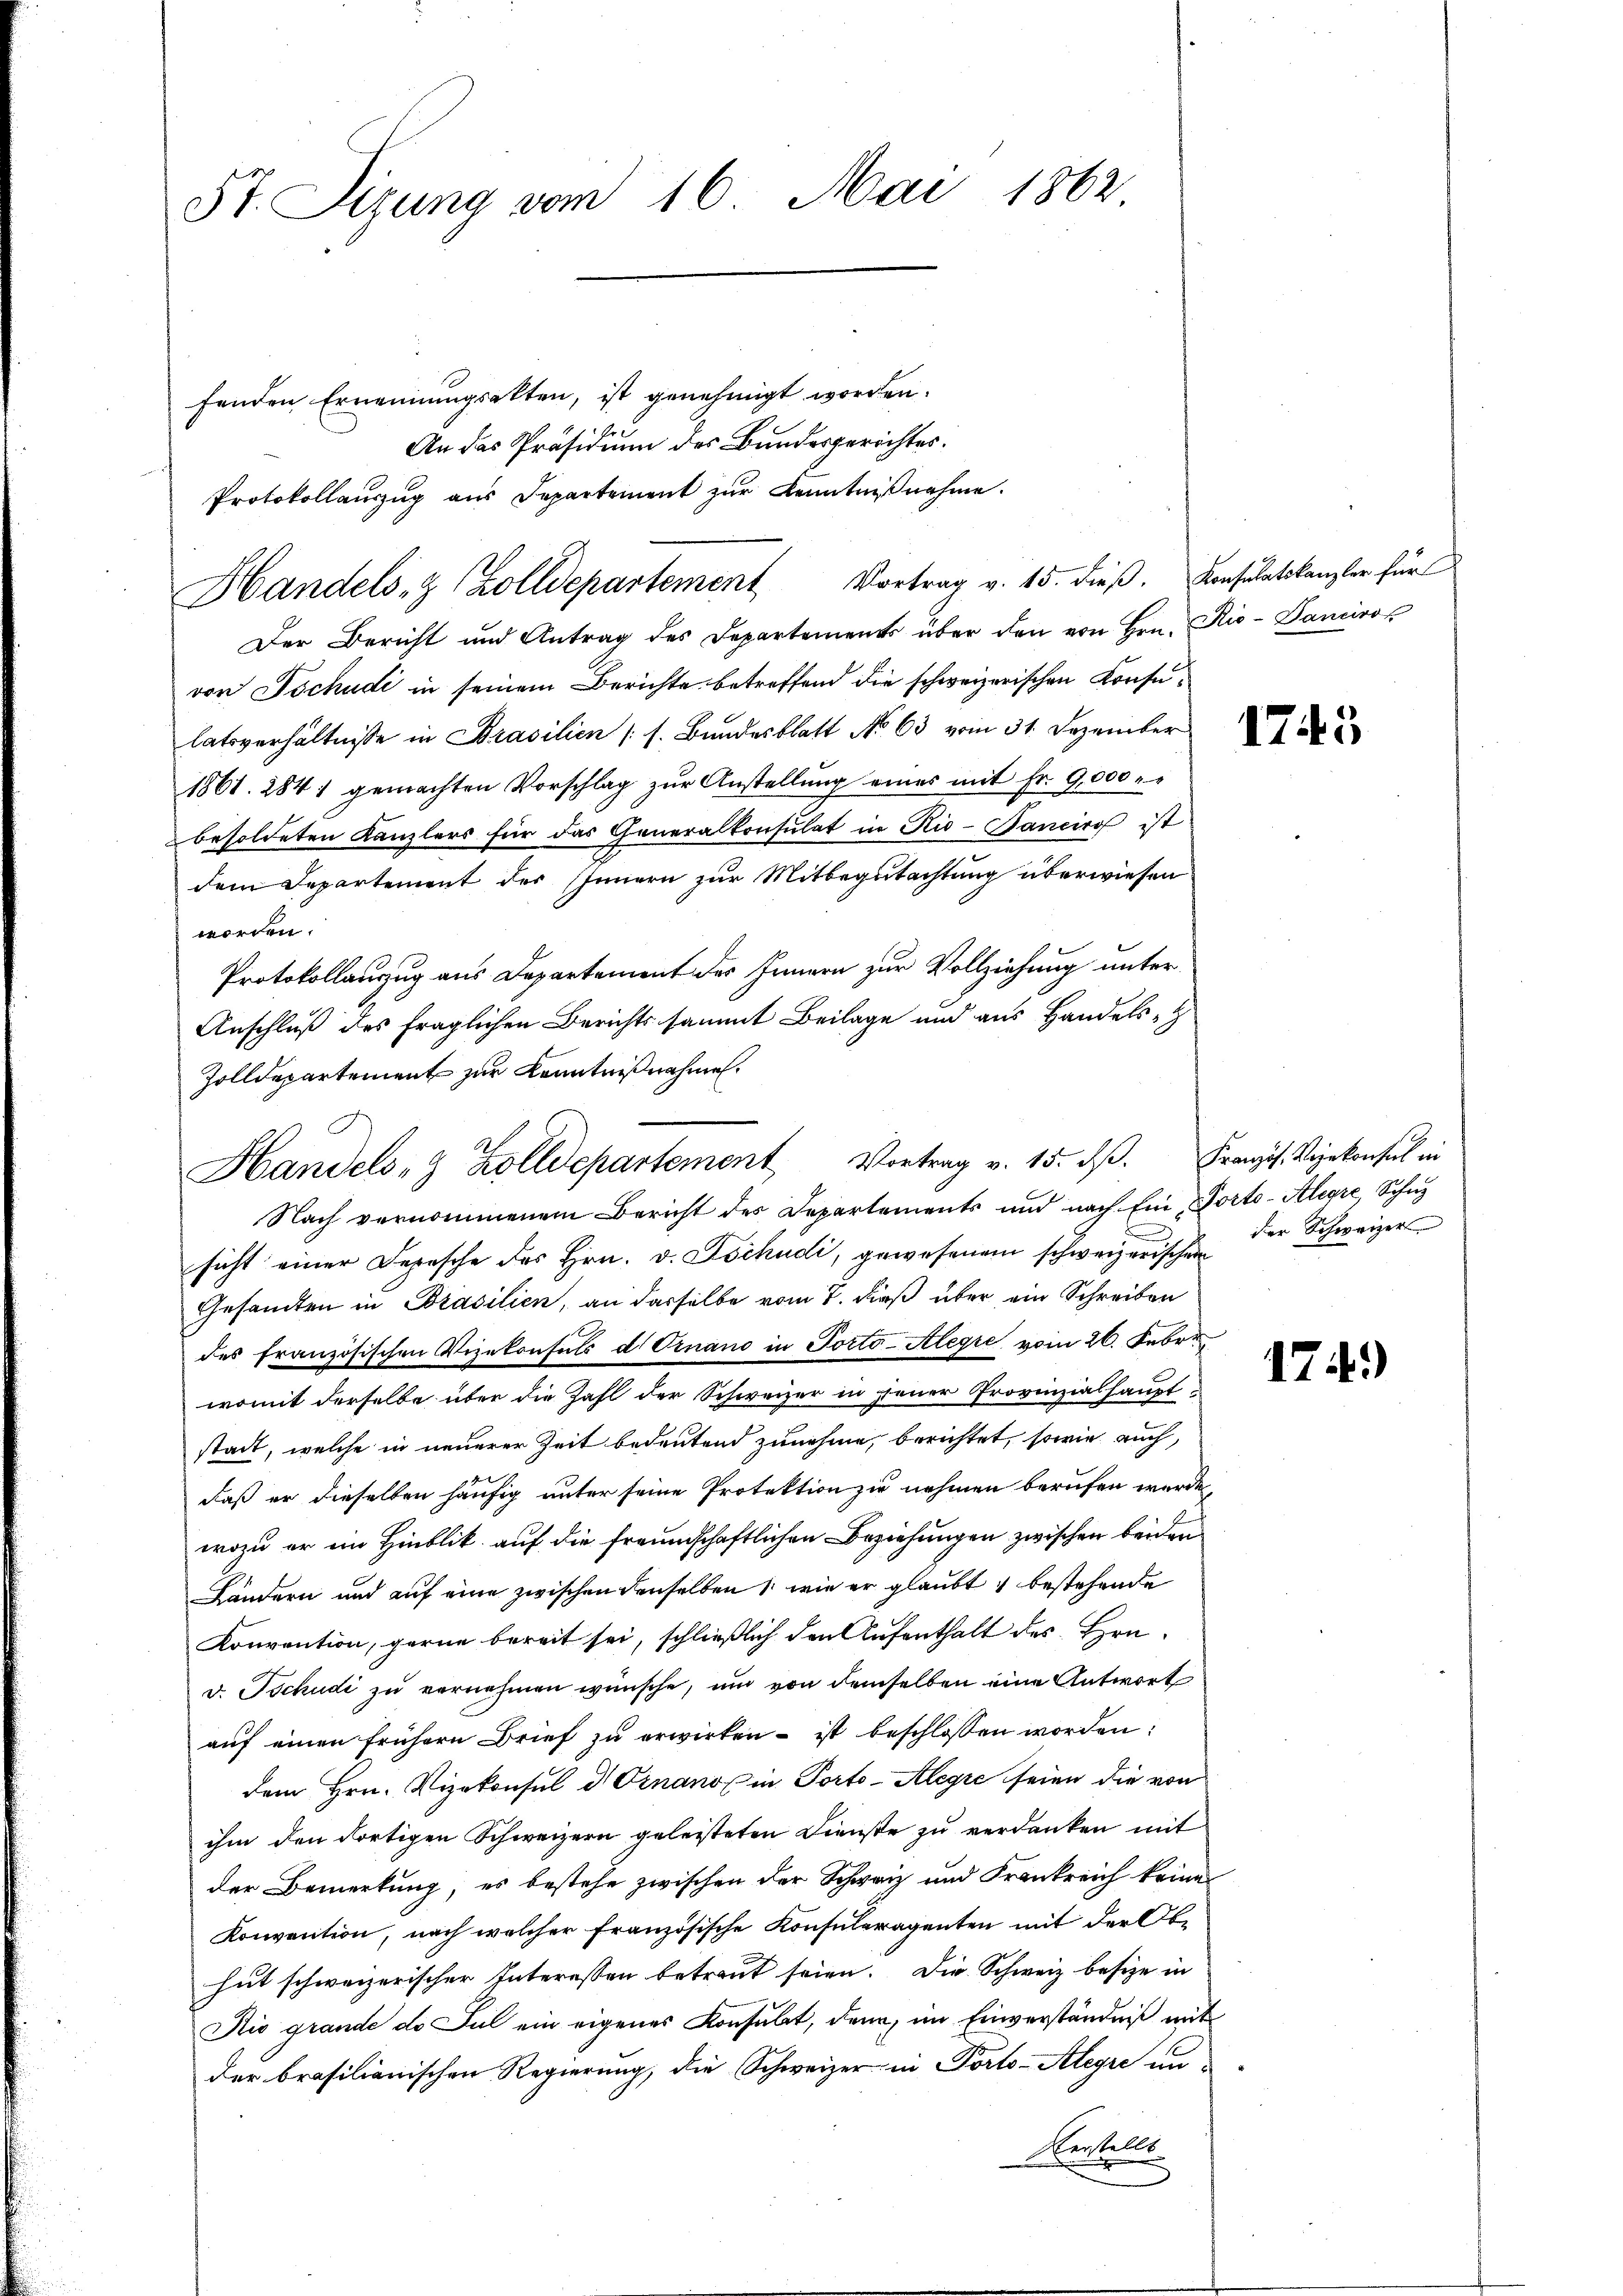
St. Sizung vom 16. Mai 1862

fenden Ernennungsakten, ist genehmigt worden.
An das Präsidium des Bundesgerichtes.
Protokollauszug aus Departement zur Kenntnißnahme.
Handels- & Zolldepartement Vortrag v. 15. dieβ. Konsulatskanzler für
Der Bericht und Antrag des Departements über den von Hrn. Rio- Danciros
von Tschudi in seinem Berichte betreffend die schweizerischen Konsulatsverhältnisse in Brasilien (s. Bundesblatt No 63 vom 31. Dezember
1861. 284 1 gemachten Vorschlag zŭr Anstellŭng eines mit Fr. 9,000
besoldeten Kanzlers für das Generalkonsulat in Rio-Panciro ist
dem Departement des Innern zur Mitbegutachtung überwiesen
worden.
Protokollauszug aus Departement der Innern zur Vollziehung unter
Anschluß des fraglichen Berichts sammt Beilage und aus Handels-
Zolldepartement zur Kenntnißnahme.
Nach vernommenem Bericht des Departements und nach Ein Porto-Alegre, Schutz
sicht einer Depesche des Hrn. v. Tschudi, gewesenem schweizerischen der Schweizers
Gesandten in Brasilien, an dasselbe vom 7. dieß über ein Schreiben
des französischen Vizekonsuls d Ornano in Porto-Alegre vom 26. Febr.
womit derselbe über die Zahl der Schweizer in jener Provinzialhauptstadt, welche in neuerer Zeit bedeutend zunehme, berichtet, sowie auch,
daß er dieselben häufig unter seine Protektion zu nehmen berufen werde,
wozu er im Hinblik auf die freundschaftlichen Beziehungen zwischen beiden
Ländern und auf eine zwischen denselben , wie er glaubt & bestehende
Konvention, gerne bereit sei, schließlich den Aufenthalt des Hrn.
v. Tschudi zu vernehmen wünsche, und von demselben eine Antwort
auf einen frühern Brief zu erwirken ist beschlossen worden:
dem Hrn. Vizekonsul d Ornano in Porto-Alegre seien die von
ihm den dortigen Schweizern geleisteten Dienste zu verdanken mit
der Bemerkung, es bestehe zwischen der Schweiz und Frankreich keine
Konvention, nach welcher Französische Konsuleragenten mit der Obe
hut schweizerischer Interessen betreut seien. Die Schweiz besize in
Rio grande de Jul ein eigenes Konsulat, denn, im Einverständniß mit
der brasilianischen Regierung, die Schweizer in Porto-Alegre un-
Bestell

Handels- & Zolldepartement Vortrag v. 15. ds. Franzis Vizekonsul in

1745

174)